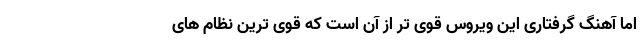
اما آهنگ گرفتاری این ویروس قوی تر از آن است که قوی ترین نظام های